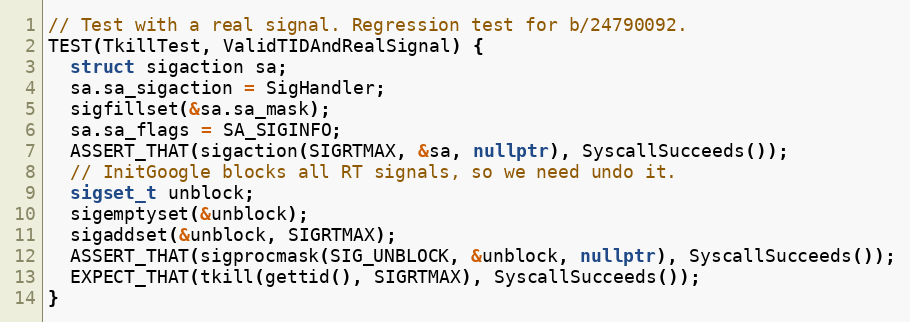
Language: C++
// Test with a real signal. Regression test for b/24790092.
TEST(TkillTest, ValidTIDAndRealSignal) {
  struct sigaction sa;
  sa.sa_sigaction = SigHandler;
  sigfillset(&sa.sa_mask);
  sa.sa_flags = SA_SIGINFO;
  ASSERT_THAT(sigaction(SIGRTMAX, &sa, nullptr), SyscallSucceeds());
  // InitGoogle blocks all RT signals, so we need undo it.
  sigset_t unblock;
  sigemptyset(&unblock);
  sigaddset(&unblock, SIGRTMAX);
  ASSERT_THAT(sigprocmask(SIG_UNBLOCK, &unblock, nullptr), SyscallSucceeds());
  EXPECT_THAT(tkill(gettid(), SIGRTMAX), SyscallSucceeds());
}